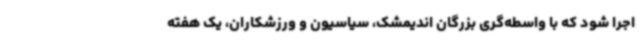
اجرا شود که با واسطه‌گری بزرگان اندیمشک، سیاسیون و ورزشکاران، یک هفته